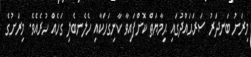
މިރަށު ބަނދަރު ސަރަޙައްދުގައި ޙިމާޔަތް ކޮށްފައިވާ ކާނިގަހަކާއި ހެލެނބެލި ގަހެއް ހުރެއެވެ. މިރަށުގެ